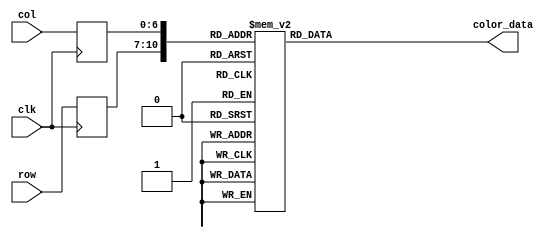
module title_rom
	(
		input wire clk,
		input wire [3:0] row,
		input wire [6:0] col,
		output reg [7:0] color_data
	);

	(* rom_style = "block" *)

	//signal declaration
	reg [3:0] row_reg;
	reg [6:0] col_reg;

	always @(posedge clk)
		begin
		row_reg <= row;
		col_reg <= col;
		end

	always @*
	case ({row_reg, col_reg})
		11'b00000000000: color_data = 8'b00000000;
		11'b00000000001: color_data = 8'b00000000;
		11'b00000000010: color_data = 8'b00000000;
		11'b00000000011: color_data = 8'b11111111;
		11'b00000000100: color_data = 8'b11111111;
		11'b00000000101: color_data = 8'b11111111;
		11'b00000000110: color_data = 8'b11111111;
		11'b00000000111: color_data = 8'b00000000;
		11'b00000001000: color_data = 8'b00000000;
		11'b00000001001: color_data = 8'b11111111;
		11'b00000001010: color_data = 8'b00000000;
		11'b00000001011: color_data = 8'b00000000;
		11'b00000001100: color_data = 8'b11111111;
		11'b00000001101: color_data = 8'b00000000;
		11'b00000001110: color_data = 8'b00000000;
		11'b00000001111: color_data = 8'b11111111;
		11'b00000010000: color_data = 8'b11111111;
		11'b00000010001: color_data = 8'b11111111;
		11'b00000010010: color_data = 8'b11111111;
		11'b00000010011: color_data = 8'b00000000;
		11'b00000010100: color_data = 8'b00000000;
		11'b00000010101: color_data = 8'b11111111;
		11'b00000010110: color_data = 8'b11111111;
		11'b00000010111: color_data = 8'b11111111;
		11'b00000011000: color_data = 8'b11111111;
		11'b00000011001: color_data = 8'b00000000;
		11'b00000011010: color_data = 8'b00000000;
		11'b00000011011: color_data = 8'b11111111;
		11'b00000011100: color_data = 8'b11111111;
		11'b00000011101: color_data = 8'b11111111;
		11'b00000011110: color_data = 8'b11111111;
		11'b00000011111: color_data = 8'b11111111;
		11'b00000100000: color_data = 8'b00000000;
		11'b00000100001: color_data = 8'b00000000;
		11'b00000100010: color_data = 8'b11111111;
		11'b00000100011: color_data = 8'b00000000;
		11'b00000100100: color_data = 8'b00000000;
		11'b00000100101: color_data = 8'b11111111;
		11'b00000100110: color_data = 8'b00000000;
		11'b00000100111: color_data = 8'b00000000;
		11'b00000101000: color_data = 8'b00000000;
		11'b00000101001: color_data = 8'b00000000;
		11'b00000101010: color_data = 8'b00000000;
		11'b00000101011: color_data = 8'b00000000;
		11'b00000101100: color_data = 8'b11111111;
		11'b00000101101: color_data = 8'b00000000;
		11'b00000101110: color_data = 8'b00000000;
		11'b00000101111: color_data = 8'b11111111;
		11'b00000110000: color_data = 8'b00000000;
		11'b00000110001: color_data = 8'b00000000;
		11'b00000110010: color_data = 8'b11111111;
		11'b00000110011: color_data = 8'b11111111;
		11'b00000110100: color_data = 8'b11111111;
		11'b00000110101: color_data = 8'b11111111;
		11'b00000110110: color_data = 8'b11111111;
		11'b00000110111: color_data = 8'b00000000;
		11'b00000111000: color_data = 8'b00000000;
		11'b00000111001: color_data = 8'b11111111;
		11'b00000111010: color_data = 8'b11111111;
		11'b00000111011: color_data = 8'b11111111;
		11'b00000111100: color_data = 8'b00000000;
		11'b00000111101: color_data = 8'b00000000;
		11'b00000111110: color_data = 8'b00000000;
		11'b00000111111: color_data = 8'b00000000;
		11'b00001000000: color_data = 8'b00000000;
		11'b00001000001: color_data = 8'b00000000;
		11'b00001000010: color_data = 8'b00000000;
		11'b00001000011: color_data = 8'b11111111;
		11'b00001000100: color_data = 8'b11111111;
		11'b00001000101: color_data = 8'b11111111;
		11'b00001000110: color_data = 8'b11111111;
		11'b00001000111: color_data = 8'b00000000;
		11'b00001001000: color_data = 8'b00000000;
		11'b00001001001: color_data = 8'b11111111;
		11'b00001001010: color_data = 8'b11111111;
		11'b00001001011: color_data = 8'b11111111;
		11'b00001001100: color_data = 8'b11111111;
		11'b00001001101: color_data = 8'b00000000;
		11'b00001001110: color_data = 8'b00000000;
		11'b00001001111: color_data = 8'b11111111;
		11'b00001010000: color_data = 8'b11111111;
		11'b00001010001: color_data = 8'b11111111;
		11'b00001010010: color_data = 8'b11111111;
		11'b00001010011: color_data = 8'b00000000;
		11'b00001010100: color_data = 8'b00000000;
		11'b00001010101: color_data = 8'b00000000;
		11'b00001010110: color_data = 8'b00000000;

		11'b00010000000: color_data = 8'b00000000;
		11'b00010000001: color_data = 8'b00000000;
		11'b00010000010: color_data = 8'b00000000;
		11'b00010000011: color_data = 8'b11111111;
		11'b00010000100: color_data = 8'b00000000;
		11'b00010000101: color_data = 8'b00000000;
		11'b00010000110: color_data = 8'b11111111;
		11'b00010000111: color_data = 8'b00000000;
		11'b00010001000: color_data = 8'b00000000;
		11'b00010001001: color_data = 8'b11111111;
		11'b00010001010: color_data = 8'b00000000;
		11'b00010001011: color_data = 8'b00000000;
		11'b00010001100: color_data = 8'b11111111;
		11'b00010001101: color_data = 8'b00000000;
		11'b00010001110: color_data = 8'b00000000;
		11'b00010001111: color_data = 8'b11111111;
		11'b00010010000: color_data = 8'b00000000;
		11'b00010010001: color_data = 8'b00000000;
		11'b00010010010: color_data = 8'b11111111;
		11'b00010010011: color_data = 8'b00000000;
		11'b00010010100: color_data = 8'b00000000;
		11'b00010010101: color_data = 8'b11111111;
		11'b00010010110: color_data = 8'b00000000;
		11'b00010010111: color_data = 8'b00000000;
		11'b00010011000: color_data = 8'b11111111;
		11'b00010011001: color_data = 8'b00000000;
		11'b00010011010: color_data = 8'b00000000;
		11'b00010011011: color_data = 8'b00000000;
		11'b00010011100: color_data = 8'b00000000;
		11'b00010011101: color_data = 8'b11111111;
		11'b00010011110: color_data = 8'b00000000;
		11'b00010011111: color_data = 8'b00000000;
		11'b00010100000: color_data = 8'b00000000;
		11'b00010100001: color_data = 8'b00000000;
		11'b00010100010: color_data = 8'b11111111;
		11'b00010100011: color_data = 8'b00000000;
		11'b00010100100: color_data = 8'b00000000;
		11'b00010100101: color_data = 8'b11111111;
		11'b00010100110: color_data = 8'b00000000;
		11'b00010100111: color_data = 8'b00000000;
		11'b00010101000: color_data = 8'b00000000;
		11'b00010101001: color_data = 8'b00000000;
		11'b00010101010: color_data = 8'b00000000;
		11'b00010101011: color_data = 8'b00000000;
		11'b00010101100: color_data = 8'b11111111;
		11'b00010101101: color_data = 8'b00000000;
		11'b00010101110: color_data = 8'b00000000;
		11'b00010101111: color_data = 8'b11111111;
		11'b00010110000: color_data = 8'b00000000;
		11'b00010110001: color_data = 8'b00000000;
		11'b00010110010: color_data = 8'b00000000;
		11'b00010110011: color_data = 8'b00000000;
		11'b00010110100: color_data = 8'b11111111;
		11'b00010110101: color_data = 8'b00000000;
		11'b00010110110: color_data = 8'b00000000;
		11'b00010110111: color_data = 8'b00000000;
		11'b00010111000: color_data = 8'b00000000;
		11'b00010111001: color_data = 8'b11111111;
		11'b00010111010: color_data = 8'b00000000;
		11'b00010111011: color_data = 8'b00000000;
		11'b00010111100: color_data = 8'b11111111;
		11'b00010111101: color_data = 8'b00000000;
		11'b00010111110: color_data = 8'b00000000;
		11'b00010111111: color_data = 8'b00000000;
		11'b00011000000: color_data = 8'b00000000;
		11'b00011000001: color_data = 8'b00000000;
		11'b00011000010: color_data = 8'b00000000;
		11'b00011000011: color_data = 8'b11111111;
		11'b00011000100: color_data = 8'b00000000;
		11'b00011000101: color_data = 8'b00000000;
		11'b00011000110: color_data = 8'b00000000;
		11'b00011000111: color_data = 8'b00000000;
		11'b00011001000: color_data = 8'b00000000;
		11'b00011001001: color_data = 8'b11111111;
		11'b00011001010: color_data = 8'b00000000;
		11'b00011001011: color_data = 8'b00000000;
		11'b00011001100: color_data = 8'b11111111;
		11'b00011001101: color_data = 8'b00000000;
		11'b00011001110: color_data = 8'b00000000;
		11'b00011001111: color_data = 8'b11111111;
		11'b00011010000: color_data = 8'b00000000;
		11'b00011010001: color_data = 8'b00000000;
		11'b00011010010: color_data = 8'b11111111;
		11'b00011010011: color_data = 8'b00000000;
		11'b00011010100: color_data = 8'b00000000;
		11'b00011010101: color_data = 8'b00000000;
		11'b00011010110: color_data = 8'b00000000;

		11'b00100000000: color_data = 8'b00000000;
		11'b00100000001: color_data = 8'b00000000;
		11'b00100000010: color_data = 8'b00000000;
		11'b00100000011: color_data = 8'b11111111;
		11'b00100000100: color_data = 8'b00000000;
		11'b00100000101: color_data = 8'b00000000;
		11'b00100000110: color_data = 8'b11111111;
		11'b00100000111: color_data = 8'b00000000;
		11'b00100001000: color_data = 8'b00000000;
		11'b00100001001: color_data = 8'b11111111;
		11'b00100001010: color_data = 8'b00000000;
		11'b00100001011: color_data = 8'b00000000;
		11'b00100001100: color_data = 8'b11111111;
		11'b00100001101: color_data = 8'b00000000;
		11'b00100001110: color_data = 8'b00000000;
		11'b00100001111: color_data = 8'b11111111;
		11'b00100010000: color_data = 8'b00000000;
		11'b00100010001: color_data = 8'b00000000;
		11'b00100010010: color_data = 8'b11111111;
		11'b00100010011: color_data = 8'b00000000;
		11'b00100010100: color_data = 8'b00000000;
		11'b00100010101: color_data = 8'b11111111;
		11'b00100010110: color_data = 8'b00000000;
		11'b00100010111: color_data = 8'b00000000;
		11'b00100011000: color_data = 8'b11111111;
		11'b00100011001: color_data = 8'b00000000;
		11'b00100011010: color_data = 8'b00000000;
		11'b00100011011: color_data = 8'b00000000;
		11'b00100011100: color_data = 8'b00000000;
		11'b00100011101: color_data = 8'b11111111;
		11'b00100011110: color_data = 8'b00000000;
		11'b00100011111: color_data = 8'b00000000;
		11'b00100100000: color_data = 8'b00000000;
		11'b00100100001: color_data = 8'b00000000;
		11'b00100100010: color_data = 8'b11111111;
		11'b00100100011: color_data = 8'b00000000;
		11'b00100100100: color_data = 8'b00000000;
		11'b00100100101: color_data = 8'b11111111;
		11'b00100100110: color_data = 8'b00000000;
		11'b00100100111: color_data = 8'b00000000;
		11'b00100101000: color_data = 8'b00000000;
		11'b00100101001: color_data = 8'b00000000;
		11'b00100101010: color_data = 8'b00000000;
		11'b00100101011: color_data = 8'b00000000;
		11'b00100101100: color_data = 8'b11111111;
		11'b00100101101: color_data = 8'b00000000;
		11'b00100101110: color_data = 8'b00000000;
		11'b00100101111: color_data = 8'b11111111;
		11'b00100110000: color_data = 8'b00000000;
		11'b00100110001: color_data = 8'b00000000;
		11'b00100110010: color_data = 8'b00000000;
		11'b00100110011: color_data = 8'b00000000;
		11'b00100110100: color_data = 8'b11111111;
		11'b00100110101: color_data = 8'b00000000;
		11'b00100110110: color_data = 8'b00000000;
		11'b00100110111: color_data = 8'b00000000;
		11'b00100111000: color_data = 8'b00000000;
		11'b00100111001: color_data = 8'b11111111;
		11'b00100111010: color_data = 8'b00000000;
		11'b00100111011: color_data = 8'b00000000;
		11'b00100111100: color_data = 8'b11111111;
		11'b00100111101: color_data = 8'b00000000;
		11'b00100111110: color_data = 8'b00000000;
		11'b00100111111: color_data = 8'b00000000;
		11'b00101000000: color_data = 8'b00000000;
		11'b00101000001: color_data = 8'b00000000;
		11'b00101000010: color_data = 8'b00000000;
		11'b00101000011: color_data = 8'b11111111;
		11'b00101000100: color_data = 8'b00000000;
		11'b00101000101: color_data = 8'b00000000;
		11'b00101000110: color_data = 8'b00000000;
		11'b00101000111: color_data = 8'b00000000;
		11'b00101001000: color_data = 8'b00000000;
		11'b00101001001: color_data = 8'b11111111;
		11'b00101001010: color_data = 8'b00000000;
		11'b00101001011: color_data = 8'b00000000;
		11'b00101001100: color_data = 8'b11111111;
		11'b00101001101: color_data = 8'b00000000;
		11'b00101001110: color_data = 8'b00000000;
		11'b00101001111: color_data = 8'b11111111;
		11'b00101010000: color_data = 8'b00000000;
		11'b00101010001: color_data = 8'b00000000;
		11'b00101010010: color_data = 8'b11111111;
		11'b00101010011: color_data = 8'b00000000;
		11'b00101010100: color_data = 8'b00000000;
		11'b00101010101: color_data = 8'b00000000;
		11'b00101010110: color_data = 8'b00000000;

		11'b00110000000: color_data = 8'b00000000;
		11'b00110000001: color_data = 8'b00000000;
		11'b00110000010: color_data = 8'b00000000;
		11'b00110000011: color_data = 8'b11111111;
		11'b00110000100: color_data = 8'b00000000;
		11'b00110000101: color_data = 8'b00000000;
		11'b00110000110: color_data = 8'b00000000;
		11'b00110000111: color_data = 8'b00000000;
		11'b00110001000: color_data = 8'b00000000;
		11'b00110001001: color_data = 8'b11111111;
		11'b00110001010: color_data = 8'b00000000;
		11'b00110001011: color_data = 8'b00000000;
		11'b00110001100: color_data = 8'b11111111;
		11'b00110001101: color_data = 8'b00000000;
		11'b00110001110: color_data = 8'b00000000;
		11'b00110001111: color_data = 8'b11111111;
		11'b00110010000: color_data = 8'b00000000;
		11'b00110010001: color_data = 8'b00000000;
		11'b00110010010: color_data = 8'b11111111;
		11'b00110010011: color_data = 8'b00000000;
		11'b00110010100: color_data = 8'b00000000;
		11'b00110010101: color_data = 8'b11111111;
		11'b00110010110: color_data = 8'b00000000;
		11'b00110010111: color_data = 8'b00000000;
		11'b00110011000: color_data = 8'b11111111;
		11'b00110011001: color_data = 8'b00000000;
		11'b00110011010: color_data = 8'b00000000;
		11'b00110011011: color_data = 8'b00000000;
		11'b00110011100: color_data = 8'b00000000;
		11'b00110011101: color_data = 8'b11111111;
		11'b00110011110: color_data = 8'b00000000;
		11'b00110011111: color_data = 8'b00000000;
		11'b00110100000: color_data = 8'b00000000;
		11'b00110100001: color_data = 8'b00000000;
		11'b00110100010: color_data = 8'b11111111;
		11'b00110100011: color_data = 8'b00000000;
		11'b00110100100: color_data = 8'b00000000;
		11'b00110100101: color_data = 8'b11111111;
		11'b00110100110: color_data = 8'b00000000;
		11'b00110100111: color_data = 8'b00000000;
		11'b00110101000: color_data = 8'b00000000;
		11'b00110101001: color_data = 8'b00000000;
		11'b00110101010: color_data = 8'b00000000;
		11'b00110101011: color_data = 8'b00000000;
		11'b00110101100: color_data = 8'b11111111;
		11'b00110101101: color_data = 8'b00000000;
		11'b00110101110: color_data = 8'b00000000;
		11'b00110101111: color_data = 8'b11111111;
		11'b00110110000: color_data = 8'b00000000;
		11'b00110110001: color_data = 8'b00000000;
		11'b00110110010: color_data = 8'b00000000;
		11'b00110110011: color_data = 8'b00000000;
		11'b00110110100: color_data = 8'b11111111;
		11'b00110110101: color_data = 8'b00000000;
		11'b00110110110: color_data = 8'b00000000;
		11'b00110110111: color_data = 8'b00000000;
		11'b00110111000: color_data = 8'b00000000;
		11'b00110111001: color_data = 8'b11111111;
		11'b00110111010: color_data = 8'b00000000;
		11'b00110111011: color_data = 8'b00000000;
		11'b00110111100: color_data = 8'b11111111;
		11'b00110111101: color_data = 8'b00000000;
		11'b00110111110: color_data = 8'b00000000;
		11'b00110111111: color_data = 8'b00000000;
		11'b00111000000: color_data = 8'b00000000;
		11'b00111000001: color_data = 8'b00000000;
		11'b00111000010: color_data = 8'b00000000;
		11'b00111000011: color_data = 8'b11111111;
		11'b00111000100: color_data = 8'b00000000;
		11'b00111000101: color_data = 8'b00000000;
		11'b00111000110: color_data = 8'b00000000;
		11'b00111000111: color_data = 8'b00000000;
		11'b00111001000: color_data = 8'b00000000;
		11'b00111001001: color_data = 8'b11111111;
		11'b00111001010: color_data = 8'b00000000;
		11'b00111001011: color_data = 8'b00000000;
		11'b00111001100: color_data = 8'b11111111;
		11'b00111001101: color_data = 8'b00000000;
		11'b00111001110: color_data = 8'b00000000;
		11'b00111001111: color_data = 8'b11111111;
		11'b00111010000: color_data = 8'b00000000;
		11'b00111010001: color_data = 8'b00000000;
		11'b00111010010: color_data = 8'b11111111;
		11'b00111010011: color_data = 8'b00000000;
		11'b00111010100: color_data = 8'b00000000;
		11'b00111010101: color_data = 8'b00000000;
		11'b00111010110: color_data = 8'b00000000;

		11'b01000000000: color_data = 8'b00000000;
		11'b01000000001: color_data = 8'b00000000;
		11'b01000000010: color_data = 8'b00000000;
		11'b01000000011: color_data = 8'b11111111;
		11'b01000000100: color_data = 8'b00000000;
		11'b01000000101: color_data = 8'b00000000;
		11'b01000000110: color_data = 8'b00000000;
		11'b01000000111: color_data = 8'b00000000;
		11'b01000001000: color_data = 8'b00000000;
		11'b01000001001: color_data = 8'b11111111;
		11'b01000001010: color_data = 8'b00000000;
		11'b01000001011: color_data = 8'b00000000;
		11'b01000001100: color_data = 8'b11111111;
		11'b01000001101: color_data = 8'b00000000;
		11'b01000001110: color_data = 8'b00000000;
		11'b01000001111: color_data = 8'b11111111;
		11'b01000010000: color_data = 8'b00000000;
		11'b01000010001: color_data = 8'b00000000;
		11'b01000010010: color_data = 8'b11111111;
		11'b01000010011: color_data = 8'b00000000;
		11'b01000010100: color_data = 8'b00000000;
		11'b01000010101: color_data = 8'b11111111;
		11'b01000010110: color_data = 8'b00000000;
		11'b01000010111: color_data = 8'b00000000;
		11'b01000011000: color_data = 8'b11111111;
		11'b01000011001: color_data = 8'b00000000;
		11'b01000011010: color_data = 8'b00000000;
		11'b01000011011: color_data = 8'b00000000;
		11'b01000011100: color_data = 8'b00000000;
		11'b01000011101: color_data = 8'b11111111;
		11'b01000011110: color_data = 8'b00000000;
		11'b01000011111: color_data = 8'b00000000;
		11'b01000100000: color_data = 8'b00000000;
		11'b01000100001: color_data = 8'b00000000;
		11'b01000100010: color_data = 8'b11111111;
		11'b01000100011: color_data = 8'b00000000;
		11'b01000100100: color_data = 8'b00000000;
		11'b01000100101: color_data = 8'b11111111;
		11'b01000100110: color_data = 8'b00000000;
		11'b01000100111: color_data = 8'b00000000;
		11'b01000101000: color_data = 8'b00000000;
		11'b01000101001: color_data = 8'b00000000;
		11'b01000101010: color_data = 8'b00000000;
		11'b01000101011: color_data = 8'b00000000;
		11'b01000101100: color_data = 8'b11111111;
		11'b01000101101: color_data = 8'b00000000;
		11'b01000101110: color_data = 8'b11111111;
		11'b01000101111: color_data = 8'b11111111;
		11'b01000110000: color_data = 8'b00000000;
		11'b01000110001: color_data = 8'b00000000;
		11'b01000110010: color_data = 8'b00000000;
		11'b01000110011: color_data = 8'b00000000;
		11'b01000110100: color_data = 8'b11111111;
		11'b01000110101: color_data = 8'b00000000;
		11'b01000110110: color_data = 8'b00000000;
		11'b01000110111: color_data = 8'b00000000;
		11'b01000111000: color_data = 8'b00000000;
		11'b01000111001: color_data = 8'b11111111;
		11'b01000111010: color_data = 8'b00000000;
		11'b01000111011: color_data = 8'b00000000;
		11'b01000111100: color_data = 8'b11111111;
		11'b01000111101: color_data = 8'b00000000;
		11'b01000111110: color_data = 8'b00000000;
		11'b01000111111: color_data = 8'b00000000;
		11'b01001000000: color_data = 8'b00000000;
		11'b01001000001: color_data = 8'b00000000;
		11'b01001000010: color_data = 8'b00000000;
		11'b01001000011: color_data = 8'b11111111;
		11'b01001000100: color_data = 8'b11111111;
		11'b01001000101: color_data = 8'b11111111;
		11'b01001000110: color_data = 8'b11111111;
		11'b01001000111: color_data = 8'b00000000;
		11'b01001001000: color_data = 8'b00000000;
		11'b01001001001: color_data = 8'b11111111;
		11'b01001001010: color_data = 8'b11111111;
		11'b01001001011: color_data = 8'b11111111;
		11'b01001001100: color_data = 8'b11111111;
		11'b01001001101: color_data = 8'b00000000;
		11'b01001001110: color_data = 8'b00000000;
		11'b01001001111: color_data = 8'b11111111;
		11'b01001010000: color_data = 8'b00000000;
		11'b01001010001: color_data = 8'b00000000;
		11'b01001010010: color_data = 8'b11111111;
		11'b01001010011: color_data = 8'b00000000;
		11'b01001010100: color_data = 8'b00000000;
		11'b01001010101: color_data = 8'b00000000;
		11'b01001010110: color_data = 8'b00000000;

		11'b01010000000: color_data = 8'b00000000;
		11'b01010000001: color_data = 8'b00000000;
		11'b01010000010: color_data = 8'b00000000;
		11'b01010000011: color_data = 8'b11111111;
		11'b01010000100: color_data = 8'b11111111;
		11'b01010000101: color_data = 8'b11111111;
		11'b01010000110: color_data = 8'b11111111;
		11'b01010000111: color_data = 8'b00000000;
		11'b01010001000: color_data = 8'b00000000;
		11'b01010001001: color_data = 8'b11111111;
		11'b01010001010: color_data = 8'b11111111;
		11'b01010001011: color_data = 8'b11111111;
		11'b01010001100: color_data = 8'b11111111;
		11'b01010001101: color_data = 8'b00000000;
		11'b01010001110: color_data = 8'b00000000;
		11'b01010001111: color_data = 8'b11111111;
		11'b01010010000: color_data = 8'b00000000;
		11'b01010010001: color_data = 8'b00000000;
		11'b01010010010: color_data = 8'b11111111;
		11'b01010010011: color_data = 8'b00000000;
		11'b01010010100: color_data = 8'b00000000;
		11'b01010010101: color_data = 8'b11111111;
		11'b01010010110: color_data = 8'b00000000;
		11'b01010010111: color_data = 8'b00000000;
		11'b01010011000: color_data = 8'b11111111;
		11'b01010011001: color_data = 8'b00000000;
		11'b01010011010: color_data = 8'b00000000;
		11'b01010011011: color_data = 8'b00000000;
		11'b01010011100: color_data = 8'b00000000;
		11'b01010011101: color_data = 8'b11111111;
		11'b01010011110: color_data = 8'b00000000;
		11'b01010011111: color_data = 8'b00000000;
		11'b01010100000: color_data = 8'b00000000;
		11'b01010100001: color_data = 8'b00000000;
		11'b01010100010: color_data = 8'b11111111;
		11'b01010100011: color_data = 8'b11111111;
		11'b01010100100: color_data = 8'b11111111;
		11'b01010100101: color_data = 8'b11111111;
		11'b01010100110: color_data = 8'b00000000;
		11'b01010100111: color_data = 8'b00000000;
		11'b01010101000: color_data = 8'b00000000;
		11'b01010101001: color_data = 8'b00000000;
		11'b01010101010: color_data = 8'b00000000;
		11'b01010101011: color_data = 8'b00000000;
		11'b01010101100: color_data = 8'b11111111;
		11'b01010101101: color_data = 8'b11111111;
		11'b01010101110: color_data = 8'b00000000;
		11'b01010101111: color_data = 8'b00000000;
		11'b01010110000: color_data = 8'b00000000;
		11'b01010110001: color_data = 8'b00000000;
		11'b01010110010: color_data = 8'b00000000;
		11'b01010110011: color_data = 8'b00000000;
		11'b01010110100: color_data = 8'b11111111;
		11'b01010110101: color_data = 8'b00000000;
		11'b01010110110: color_data = 8'b00000000;
		11'b01010110111: color_data = 8'b00000000;
		11'b01010111000: color_data = 8'b00000000;
		11'b01010111001: color_data = 8'b11111111;
		11'b01010111010: color_data = 8'b00000000;
		11'b01010111011: color_data = 8'b00000000;
		11'b01010111100: color_data = 8'b11111111;
		11'b01010111101: color_data = 8'b00000000;
		11'b01010111110: color_data = 8'b00000000;
		11'b01010111111: color_data = 8'b00000000;
		11'b01011000000: color_data = 8'b00000000;
		11'b01011000001: color_data = 8'b00000000;
		11'b01011000010: color_data = 8'b00000000;
		11'b01011000011: color_data = 8'b11111111;
		11'b01011000100: color_data = 8'b00000000;
		11'b01011000101: color_data = 8'b00000000;
		11'b01011000110: color_data = 8'b00000000;
		11'b01011000111: color_data = 8'b00000000;
		11'b01011001000: color_data = 8'b00000000;
		11'b01011001001: color_data = 8'b11111111;
		11'b01011001010: color_data = 8'b00000000;
		11'b01011001011: color_data = 8'b00000000;
		11'b01011001100: color_data = 8'b11111111;
		11'b01011001101: color_data = 8'b00000000;
		11'b01011001110: color_data = 8'b00000000;
		11'b01011001111: color_data = 8'b11111111;
		11'b01011010000: color_data = 8'b00000000;
		11'b01011010001: color_data = 8'b00000000;
		11'b01011010010: color_data = 8'b11111111;
		11'b01011010011: color_data = 8'b00000000;
		11'b01011010100: color_data = 8'b00000000;
		11'b01011010101: color_data = 8'b00000000;
		11'b01011010110: color_data = 8'b00000000;

		11'b01100000000: color_data = 8'b00000000;
		11'b01100000001: color_data = 8'b00000000;
		11'b01100000010: color_data = 8'b00000000;
		11'b01100000011: color_data = 8'b00000000;
		11'b01100000100: color_data = 8'b00000000;
		11'b01100000101: color_data = 8'b00000000;
		11'b01100000110: color_data = 8'b11111111;
		11'b01100000111: color_data = 8'b00000000;
		11'b01100001000: color_data = 8'b00000000;
		11'b01100001001: color_data = 8'b11111111;
		11'b01100001010: color_data = 8'b00000000;
		11'b01100001011: color_data = 8'b00000000;
		11'b01100001100: color_data = 8'b11111111;
		11'b01100001101: color_data = 8'b00000000;
		11'b01100001110: color_data = 8'b00000000;
		11'b01100001111: color_data = 8'b11111111;
		11'b01100010000: color_data = 8'b00000000;
		11'b01100010001: color_data = 8'b00000000;
		11'b01100010010: color_data = 8'b11111111;
		11'b01100010011: color_data = 8'b00000000;
		11'b01100010100: color_data = 8'b00000000;
		11'b01100010101: color_data = 8'b11111111;
		11'b01100010110: color_data = 8'b00000000;
		11'b01100010111: color_data = 8'b00000000;
		11'b01100011000: color_data = 8'b11111111;
		11'b01100011001: color_data = 8'b00000000;
		11'b01100011010: color_data = 8'b00000000;
		11'b01100011011: color_data = 8'b00000000;
		11'b01100011100: color_data = 8'b00000000;
		11'b01100011101: color_data = 8'b11111111;
		11'b01100011110: color_data = 8'b00000000;
		11'b01100011111: color_data = 8'b00000000;
		11'b01100100000: color_data = 8'b00000000;
		11'b01100100001: color_data = 8'b00000000;
		11'b01100100010: color_data = 8'b00000000;
		11'b01100100011: color_data = 8'b00000000;
		11'b01100100100: color_data = 8'b00000000;
		11'b01100100101: color_data = 8'b11111111;
		11'b01100100110: color_data = 8'b00000000;
		11'b01100100111: color_data = 8'b00000000;
		11'b01100101000: color_data = 8'b00000000;
		11'b01100101001: color_data = 8'b00000000;
		11'b01100101010: color_data = 8'b00000000;
		11'b01100101011: color_data = 8'b00000000;
		11'b01100101100: color_data = 8'b11111111;
		11'b01100101101: color_data = 8'b00000000;
		11'b01100101110: color_data = 8'b11111111;
		11'b01100101111: color_data = 8'b11111111;
		11'b01100110000: color_data = 8'b00000000;
		11'b01100110001: color_data = 8'b00000000;
		11'b01100110010: color_data = 8'b00000000;
		11'b01100110011: color_data = 8'b00000000;
		11'b01100110100: color_data = 8'b11111111;
		11'b01100110101: color_data = 8'b00000000;
		11'b01100110110: color_data = 8'b00000000;
		11'b01100110111: color_data = 8'b00000000;
		11'b01100111000: color_data = 8'b00000000;
		11'b01100111001: color_data = 8'b11111111;
		11'b01100111010: color_data = 8'b00000000;
		11'b01100111011: color_data = 8'b00000000;
		11'b01100111100: color_data = 8'b11111111;
		11'b01100111101: color_data = 8'b00000000;
		11'b01100111110: color_data = 8'b00000000;
		11'b01100111111: color_data = 8'b00000000;
		11'b01101000000: color_data = 8'b00000000;
		11'b01101000001: color_data = 8'b00000000;
		11'b01101000010: color_data = 8'b00000000;
		11'b01101000011: color_data = 8'b11111111;
		11'b01101000100: color_data = 8'b00000000;
		11'b01101000101: color_data = 8'b00000000;
		11'b01101000110: color_data = 8'b00000000;
		11'b01101000111: color_data = 8'b00000000;
		11'b01101001000: color_data = 8'b00000000;
		11'b01101001001: color_data = 8'b11111111;
		11'b01101001010: color_data = 8'b00000000;
		11'b01101001011: color_data = 8'b00000000;
		11'b01101001100: color_data = 8'b11111111;
		11'b01101001101: color_data = 8'b00000000;
		11'b01101001110: color_data = 8'b00000000;
		11'b01101001111: color_data = 8'b11111111;
		11'b01101010000: color_data = 8'b00000000;
		11'b01101010001: color_data = 8'b00000000;
		11'b01101010010: color_data = 8'b11111111;
		11'b01101010011: color_data = 8'b00000000;
		11'b01101010100: color_data = 8'b00000000;
		11'b01101010101: color_data = 8'b00000000;
		11'b01101010110: color_data = 8'b00000000;

		11'b01110000000: color_data = 8'b00000000;
		11'b01110000001: color_data = 8'b00000000;
		11'b01110000010: color_data = 8'b00000000;
		11'b01110000011: color_data = 8'b00000000;
		11'b01110000100: color_data = 8'b00000000;
		11'b01110000101: color_data = 8'b00000000;
		11'b01110000110: color_data = 8'b11111111;
		11'b01110000111: color_data = 8'b00000000;
		11'b01110001000: color_data = 8'b00000000;
		11'b01110001001: color_data = 8'b11111111;
		11'b01110001010: color_data = 8'b00000000;
		11'b01110001011: color_data = 8'b00000000;
		11'b01110001100: color_data = 8'b11111111;
		11'b01110001101: color_data = 8'b00000000;
		11'b01110001110: color_data = 8'b00000000;
		11'b01110001111: color_data = 8'b11111111;
		11'b01110010000: color_data = 8'b00000000;
		11'b01110010001: color_data = 8'b00000000;
		11'b01110010010: color_data = 8'b11111111;
		11'b01110010011: color_data = 8'b00000000;
		11'b01110010100: color_data = 8'b00000000;
		11'b01110010101: color_data = 8'b11111111;
		11'b01110010110: color_data = 8'b00000000;
		11'b01110010111: color_data = 8'b00000000;
		11'b01110011000: color_data = 8'b11111111;
		11'b01110011001: color_data = 8'b00000000;
		11'b01110011010: color_data = 8'b00000000;
		11'b01110011011: color_data = 8'b00000000;
		11'b01110011100: color_data = 8'b00000000;
		11'b01110011101: color_data = 8'b11111111;
		11'b01110011110: color_data = 8'b00000000;
		11'b01110011111: color_data = 8'b00000000;
		11'b01110100000: color_data = 8'b00000000;
		11'b01110100001: color_data = 8'b00000000;
		11'b01110100010: color_data = 8'b00000000;
		11'b01110100011: color_data = 8'b00000000;
		11'b01110100100: color_data = 8'b00000000;
		11'b01110100101: color_data = 8'b11111111;
		11'b01110100110: color_data = 8'b00000000;
		11'b01110100111: color_data = 8'b00000000;
		11'b01110101000: color_data = 8'b00000000;
		11'b01110101001: color_data = 8'b00000000;
		11'b01110101010: color_data = 8'b00000000;
		11'b01110101011: color_data = 8'b00000000;
		11'b01110101100: color_data = 8'b11111111;
		11'b01110101101: color_data = 8'b00000000;
		11'b01110101110: color_data = 8'b00000000;
		11'b01110101111: color_data = 8'b11111111;
		11'b01110110000: color_data = 8'b00000000;
		11'b01110110001: color_data = 8'b00000000;
		11'b01110110010: color_data = 8'b00000000;
		11'b01110110011: color_data = 8'b00000000;
		11'b01110110100: color_data = 8'b11111111;
		11'b01110110101: color_data = 8'b00000000;
		11'b01110110110: color_data = 8'b00000000;
		11'b01110110111: color_data = 8'b00000000;
		11'b01110111000: color_data = 8'b00000000;
		11'b01110111001: color_data = 8'b11111111;
		11'b01110111010: color_data = 8'b00000000;
		11'b01110111011: color_data = 8'b00000000;
		11'b01110111100: color_data = 8'b11111111;
		11'b01110111101: color_data = 8'b00000000;
		11'b01110111110: color_data = 8'b00000000;
		11'b01110111111: color_data = 8'b00000000;
		11'b01111000000: color_data = 8'b00000000;
		11'b01111000001: color_data = 8'b00000000;
		11'b01111000010: color_data = 8'b00000000;
		11'b01111000011: color_data = 8'b11111111;
		11'b01111000100: color_data = 8'b00000000;
		11'b01111000101: color_data = 8'b00000000;
		11'b01111000110: color_data = 8'b00000000;
		11'b01111000111: color_data = 8'b00000000;
		11'b01111001000: color_data = 8'b00000000;
		11'b01111001001: color_data = 8'b11111111;
		11'b01111001010: color_data = 8'b00000000;
		11'b01111001011: color_data = 8'b00000000;
		11'b01111001100: color_data = 8'b11111111;
		11'b01111001101: color_data = 8'b00000000;
		11'b01111001110: color_data = 8'b00000000;
		11'b01111001111: color_data = 8'b11111111;
		11'b01111010000: color_data = 8'b00000000;
		11'b01111010001: color_data = 8'b00000000;
		11'b01111010010: color_data = 8'b11111111;
		11'b01111010011: color_data = 8'b00000000;
		11'b01111010100: color_data = 8'b00000000;
		11'b01111010101: color_data = 8'b00000000;
		11'b01111010110: color_data = 8'b00000000;

		11'b10000000000: color_data = 8'b00000000;
		11'b10000000001: color_data = 8'b00000000;
		11'b10000000010: color_data = 8'b00000000;
		11'b10000000011: color_data = 8'b11111111;
		11'b10000000100: color_data = 8'b00000000;
		11'b10000000101: color_data = 8'b00000000;
		11'b10000000110: color_data = 8'b11111111;
		11'b10000000111: color_data = 8'b00000000;
		11'b10000001000: color_data = 8'b00000000;
		11'b10000001001: color_data = 8'b11111111;
		11'b10000001010: color_data = 8'b00000000;
		11'b10000001011: color_data = 8'b00000000;
		11'b10000001100: color_data = 8'b11111111;
		11'b10000001101: color_data = 8'b00000000;
		11'b10000001110: color_data = 8'b00000000;
		11'b10000001111: color_data = 8'b11111111;
		11'b10000010000: color_data = 8'b00000000;
		11'b10000010001: color_data = 8'b00000000;
		11'b10000010010: color_data = 8'b11111111;
		11'b10000010011: color_data = 8'b00000000;
		11'b10000010100: color_data = 8'b00000000;
		11'b10000010101: color_data = 8'b11111111;
		11'b10000010110: color_data = 8'b00000000;
		11'b10000010111: color_data = 8'b00000000;
		11'b10000011000: color_data = 8'b11111111;
		11'b10000011001: color_data = 8'b00000000;
		11'b10000011010: color_data = 8'b00000000;
		11'b10000011011: color_data = 8'b00000000;
		11'b10000011100: color_data = 8'b00000000;
		11'b10000011101: color_data = 8'b11111111;
		11'b10000011110: color_data = 8'b00000000;
		11'b10000011111: color_data = 8'b00000000;
		11'b10000100000: color_data = 8'b00000000;
		11'b10000100001: color_data = 8'b00000000;
		11'b10000100010: color_data = 8'b00000000;
		11'b10000100011: color_data = 8'b00000000;
		11'b10000100100: color_data = 8'b00000000;
		11'b10000100101: color_data = 8'b11111111;
		11'b10000100110: color_data = 8'b00000000;
		11'b10000100111: color_data = 8'b00000000;
		11'b10000101000: color_data = 8'b00000000;
		11'b10000101001: color_data = 8'b00000000;
		11'b10000101010: color_data = 8'b00000000;
		11'b10000101011: color_data = 8'b00000000;
		11'b10000101100: color_data = 8'b11111111;
		11'b10000101101: color_data = 8'b00000000;
		11'b10000101110: color_data = 8'b00000000;
		11'b10000101111: color_data = 8'b11111111;
		11'b10000110000: color_data = 8'b00000000;
		11'b10000110001: color_data = 8'b00000000;
		11'b10000110010: color_data = 8'b00000000;
		11'b10000110011: color_data = 8'b00000000;
		11'b10000110100: color_data = 8'b11111111;
		11'b10000110101: color_data = 8'b00000000;
		11'b10000110110: color_data = 8'b00000000;
		11'b10000110111: color_data = 8'b00000000;
		11'b10000111000: color_data = 8'b00000000;
		11'b10000111001: color_data = 8'b11111111;
		11'b10000111010: color_data = 8'b00000000;
		11'b10000111011: color_data = 8'b00000000;
		11'b10000111100: color_data = 8'b11111111;
		11'b10000111101: color_data = 8'b00000000;
		11'b10000111110: color_data = 8'b00000000;
		11'b10000111111: color_data = 8'b00000000;
		11'b10001000000: color_data = 8'b00000000;
		11'b10001000001: color_data = 8'b00000000;
		11'b10001000010: color_data = 8'b00000000;
		11'b10001000011: color_data = 8'b11111111;
		11'b10001000100: color_data = 8'b00000000;
		11'b10001000101: color_data = 8'b00000000;
		11'b10001000110: color_data = 8'b00000000;
		11'b10001000111: color_data = 8'b00000000;
		11'b10001001000: color_data = 8'b00000000;
		11'b10001001001: color_data = 8'b11111111;
		11'b10001001010: color_data = 8'b00000000;
		11'b10001001011: color_data = 8'b00000000;
		11'b10001001100: color_data = 8'b11111111;
		11'b10001001101: color_data = 8'b00000000;
		11'b10001001110: color_data = 8'b00000000;
		11'b10001001111: color_data = 8'b11111111;
		11'b10001010000: color_data = 8'b00000000;
		11'b10001010001: color_data = 8'b00000000;
		11'b10001010010: color_data = 8'b11111111;
		11'b10001010011: color_data = 8'b00000000;
		11'b10001010100: color_data = 8'b00000000;
		11'b10001010101: color_data = 8'b00000000;
		11'b10001010110: color_data = 8'b00000000;

		11'b10010000000: color_data = 8'b00000000;
		11'b10010000001: color_data = 8'b00000000;
		11'b10010000010: color_data = 8'b00000000;
		11'b10010000011: color_data = 8'b11111111;
		11'b10010000100: color_data = 8'b00000000;
		11'b10010000101: color_data = 8'b00000000;
		11'b10010000110: color_data = 8'b11111111;
		11'b10010000111: color_data = 8'b00000000;
		11'b10010001000: color_data = 8'b00000000;
		11'b10010001001: color_data = 8'b11111111;
		11'b10010001010: color_data = 8'b00000000;
		11'b10010001011: color_data = 8'b00000000;
		11'b10010001100: color_data = 8'b11111111;
		11'b10010001101: color_data = 8'b00000000;
		11'b10010001110: color_data = 8'b00000000;
		11'b10010001111: color_data = 8'b11111111;
		11'b10010010000: color_data = 8'b00000000;
		11'b10010010001: color_data = 8'b00000000;
		11'b10010010010: color_data = 8'b11111111;
		11'b10010010011: color_data = 8'b00000000;
		11'b10010010100: color_data = 8'b00000000;
		11'b10010010101: color_data = 8'b11111111;
		11'b10010010110: color_data = 8'b00000000;
		11'b10010010111: color_data = 8'b00000000;
		11'b10010011000: color_data = 8'b11111111;
		11'b10010011001: color_data = 8'b00000000;
		11'b10010011010: color_data = 8'b00000000;
		11'b10010011011: color_data = 8'b00000000;
		11'b10010011100: color_data = 8'b00000000;
		11'b10010011101: color_data = 8'b11111111;
		11'b10010011110: color_data = 8'b00000000;
		11'b10010011111: color_data = 8'b00000000;
		11'b10010100000: color_data = 8'b00000000;
		11'b10010100001: color_data = 8'b00000000;
		11'b10010100010: color_data = 8'b11111111;
		11'b10010100011: color_data = 8'b00000000;
		11'b10010100100: color_data = 8'b00000000;
		11'b10010100101: color_data = 8'b11111111;
		11'b10010100110: color_data = 8'b00000000;
		11'b10010100111: color_data = 8'b00000000;
		11'b10010101000: color_data = 8'b00000000;
		11'b10010101001: color_data = 8'b00000000;
		11'b10010101010: color_data = 8'b00000000;
		11'b10010101011: color_data = 8'b00000000;
		11'b10010101100: color_data = 8'b11111111;
		11'b10010101101: color_data = 8'b00000000;
		11'b10010101110: color_data = 8'b00000000;
		11'b10010101111: color_data = 8'b11111111;
		11'b10010110000: color_data = 8'b00000000;
		11'b10010110001: color_data = 8'b00000000;
		11'b10010110010: color_data = 8'b00000000;
		11'b10010110011: color_data = 8'b00000000;
		11'b10010110100: color_data = 8'b11111111;
		11'b10010110101: color_data = 8'b00000000;
		11'b10010110110: color_data = 8'b00000000;
		11'b10010110111: color_data = 8'b00000000;
		11'b10010111000: color_data = 8'b00000000;
		11'b10010111001: color_data = 8'b11111111;
		11'b10010111010: color_data = 8'b00000000;
		11'b10010111011: color_data = 8'b00000000;
		11'b10010111100: color_data = 8'b11111111;
		11'b10010111101: color_data = 8'b00000000;
		11'b10010111110: color_data = 8'b00000000;
		11'b10010111111: color_data = 8'b00000000;
		11'b10011000000: color_data = 8'b00000000;
		11'b10011000001: color_data = 8'b00000000;
		11'b10011000010: color_data = 8'b00000000;
		11'b10011000011: color_data = 8'b11111111;
		11'b10011000100: color_data = 8'b00000000;
		11'b10011000101: color_data = 8'b00000000;
		11'b10011000110: color_data = 8'b00000000;
		11'b10011000111: color_data = 8'b00000000;
		11'b10011001000: color_data = 8'b00000000;
		11'b10011001001: color_data = 8'b11111111;
		11'b10011001010: color_data = 8'b00000000;
		11'b10011001011: color_data = 8'b00000000;
		11'b10011001100: color_data = 8'b11111111;
		11'b10011001101: color_data = 8'b00000000;
		11'b10011001110: color_data = 8'b00000000;
		11'b10011001111: color_data = 8'b11111111;
		11'b10011010000: color_data = 8'b00000000;
		11'b10011010001: color_data = 8'b00000000;
		11'b10011010010: color_data = 8'b11111111;
		11'b10011010011: color_data = 8'b00000000;
		11'b10011010100: color_data = 8'b00000000;
		11'b10011010101: color_data = 8'b00000000;
		11'b10011010110: color_data = 8'b00000000;

		11'b10100000000: color_data = 8'b00000000;
		11'b10100000001: color_data = 8'b00000000;
		11'b10100000010: color_data = 8'b00000000;
		11'b10100000011: color_data = 8'b11111111;
		11'b10100000100: color_data = 8'b00000000;
		11'b10100000101: color_data = 8'b00000000;
		11'b10100000110: color_data = 8'b11111111;
		11'b10100000111: color_data = 8'b00000000;
		11'b10100001000: color_data = 8'b00000000;
		11'b10100001001: color_data = 8'b11111111;
		11'b10100001010: color_data = 8'b00000000;
		11'b10100001011: color_data = 8'b00000000;
		11'b10100001100: color_data = 8'b11111111;
		11'b10100001101: color_data = 8'b00000000;
		11'b10100001110: color_data = 8'b00000000;
		11'b10100001111: color_data = 8'b11111111;
		11'b10100010000: color_data = 8'b00000000;
		11'b10100010001: color_data = 8'b00000000;
		11'b10100010010: color_data = 8'b11111111;
		11'b10100010011: color_data = 8'b00000000;
		11'b10100010100: color_data = 8'b00000000;
		11'b10100010101: color_data = 8'b11111111;
		11'b10100010110: color_data = 8'b00000000;
		11'b10100010111: color_data = 8'b00000000;
		11'b10100011000: color_data = 8'b11111111;
		11'b10100011001: color_data = 8'b00000000;
		11'b10100011010: color_data = 8'b00000000;
		11'b10100011011: color_data = 8'b00000000;
		11'b10100011100: color_data = 8'b00000000;
		11'b10100011101: color_data = 8'b11111111;
		11'b10100011110: color_data = 8'b00000000;
		11'b10100011111: color_data = 8'b00000000;
		11'b10100100000: color_data = 8'b00000000;
		11'b10100100001: color_data = 8'b00000000;
		11'b10100100010: color_data = 8'b11111111;
		11'b10100100011: color_data = 8'b00000000;
		11'b10100100100: color_data = 8'b00000000;
		11'b10100100101: color_data = 8'b11111111;
		11'b10100100110: color_data = 8'b00000000;
		11'b10100100111: color_data = 8'b00000000;
		11'b10100101000: color_data = 8'b00000000;
		11'b10100101001: color_data = 8'b00000000;
		11'b10100101010: color_data = 8'b00000000;
		11'b10100101011: color_data = 8'b00000000;
		11'b10100101100: color_data = 8'b11111111;
		11'b10100101101: color_data = 8'b00000000;
		11'b10100101110: color_data = 8'b00000000;
		11'b10100101111: color_data = 8'b11111111;
		11'b10100110000: color_data = 8'b00000000;
		11'b10100110001: color_data = 8'b00000000;
		11'b10100110010: color_data = 8'b00000000;
		11'b10100110011: color_data = 8'b00000000;
		11'b10100110100: color_data = 8'b11111111;
		11'b10100110101: color_data = 8'b00000000;
		11'b10100110110: color_data = 8'b00000000;
		11'b10100110111: color_data = 8'b00000000;
		11'b10100111000: color_data = 8'b00000000;
		11'b10100111001: color_data = 8'b11111111;
		11'b10100111010: color_data = 8'b00000000;
		11'b10100111011: color_data = 8'b00000000;
		11'b10100111100: color_data = 8'b11111111;
		11'b10100111101: color_data = 8'b00000000;
		11'b10100111110: color_data = 8'b00000000;
		11'b10100111111: color_data = 8'b00000000;
		11'b10101000000: color_data = 8'b00000000;
		11'b10101000001: color_data = 8'b00000000;
		11'b10101000010: color_data = 8'b00000000;
		11'b10101000011: color_data = 8'b11111111;
		11'b10101000100: color_data = 8'b00000000;
		11'b10101000101: color_data = 8'b00000000;
		11'b10101000110: color_data = 8'b00000000;
		11'b10101000111: color_data = 8'b00000000;
		11'b10101001000: color_data = 8'b00000000;
		11'b10101001001: color_data = 8'b11111111;
		11'b10101001010: color_data = 8'b00000000;
		11'b10101001011: color_data = 8'b00000000;
		11'b10101001100: color_data = 8'b11111111;
		11'b10101001101: color_data = 8'b00000000;
		11'b10101001110: color_data = 8'b00000000;
		11'b10101001111: color_data = 8'b11111111;
		11'b10101010000: color_data = 8'b00000000;
		11'b10101010001: color_data = 8'b00000000;
		11'b10101010010: color_data = 8'b11111111;
		11'b10101010011: color_data = 8'b00000000;
		11'b10101010100: color_data = 8'b00000000;
		11'b10101010101: color_data = 8'b00000000;
		11'b10101010110: color_data = 8'b00000000;

		11'b10110000000: color_data = 8'b00000000;
		11'b10110000001: color_data = 8'b00000000;
		11'b10110000010: color_data = 8'b00000000;
		11'b10110000011: color_data = 8'b11111111;
		11'b10110000100: color_data = 8'b11111111;
		11'b10110000101: color_data = 8'b11111111;
		11'b10110000110: color_data = 8'b11111111;
		11'b10110000111: color_data = 8'b00000000;
		11'b10110001000: color_data = 8'b00000000;
		11'b10110001001: color_data = 8'b11111111;
		11'b10110001010: color_data = 8'b00000000;
		11'b10110001011: color_data = 8'b00000000;
		11'b10110001100: color_data = 8'b11111111;
		11'b10110001101: color_data = 8'b00000000;
		11'b10110001110: color_data = 8'b00000000;
		11'b10110001111: color_data = 8'b11111111;
		11'b10110010000: color_data = 8'b11111111;
		11'b10110010001: color_data = 8'b11111111;
		11'b10110010010: color_data = 8'b11111111;
		11'b10110010011: color_data = 8'b00000000;
		11'b10110010100: color_data = 8'b00000000;
		11'b10110010101: color_data = 8'b11111111;
		11'b10110010110: color_data = 8'b11111111;
		11'b10110010111: color_data = 8'b11111111;
		11'b10110011000: color_data = 8'b11111111;
		11'b10110011001: color_data = 8'b00000000;
		11'b10110011010: color_data = 8'b00000000;
		11'b10110011011: color_data = 8'b00000000;
		11'b10110011100: color_data = 8'b00000000;
		11'b10110011101: color_data = 8'b11111111;
		11'b10110011110: color_data = 8'b00000000;
		11'b10110011111: color_data = 8'b00000000;
		11'b10110100000: color_data = 8'b00000000;
		11'b10110100001: color_data = 8'b00000000;
		11'b10110100010: color_data = 8'b11111111;
		11'b10110100011: color_data = 8'b11111111;
		11'b10110100100: color_data = 8'b11111111;
		11'b10110100101: color_data = 8'b11111111;
		11'b10110100110: color_data = 8'b00000000;
		11'b10110100111: color_data = 8'b00000000;
		11'b10110101000: color_data = 8'b00000000;
		11'b10110101001: color_data = 8'b00000000;
		11'b10110101010: color_data = 8'b00000000;
		11'b10110101011: color_data = 8'b00000000;
		11'b10110101100: color_data = 8'b11111111;
		11'b10110101101: color_data = 8'b00000000;
		11'b10110101110: color_data = 8'b00000000;
		11'b10110101111: color_data = 8'b11111111;
		11'b10110110000: color_data = 8'b00000000;
		11'b10110110001: color_data = 8'b00000000;
		11'b10110110010: color_data = 8'b11111111;
		11'b10110110011: color_data = 8'b11111111;
		11'b10110110100: color_data = 8'b11111111;
		11'b10110110101: color_data = 8'b11111111;
		11'b10110110110: color_data = 8'b11111111;
		11'b10110110111: color_data = 8'b00000000;
		11'b10110111000: color_data = 8'b00000000;
		11'b10110111001: color_data = 8'b11111111;
		11'b10110111010: color_data = 8'b11111111;
		11'b10110111011: color_data = 8'b11111111;
		11'b10110111100: color_data = 8'b00000000;
		11'b10110111101: color_data = 8'b00000000;
		11'b10110111110: color_data = 8'b00000000;
		11'b10110111111: color_data = 8'b00000000;
		11'b10111000000: color_data = 8'b00000000;
		11'b10111000001: color_data = 8'b00000000;
		11'b10111000010: color_data = 8'b00000000;
		11'b10111000011: color_data = 8'b11111111;
		11'b10111000100: color_data = 8'b00000000;
		11'b10111000101: color_data = 8'b00000000;
		11'b10111000110: color_data = 8'b00000000;
		11'b10111000111: color_data = 8'b00000000;
		11'b10111001000: color_data = 8'b00000000;
		11'b10111001001: color_data = 8'b11111111;
		11'b10111001010: color_data = 8'b00000000;
		11'b10111001011: color_data = 8'b00000000;
		11'b10111001100: color_data = 8'b11111111;
		11'b10111001101: color_data = 8'b00000000;
		11'b10111001110: color_data = 8'b00000000;
		11'b10111001111: color_data = 8'b11111111;
		11'b10111010000: color_data = 8'b00000000;
		11'b10111010001: color_data = 8'b00000000;
		11'b10111010010: color_data = 8'b11111111;
		11'b10111010011: color_data = 8'b00000000;
		11'b10111010100: color_data = 8'b00000000;
		11'b10111010101: color_data = 8'b00000000;
		11'b10111010110: color_data = 8'b00000000;

		default: color_data = 12'b00000000;
	endcase
endmodule